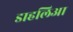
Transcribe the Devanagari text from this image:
डाहलिआ